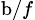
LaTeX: _{\textrm b/f}